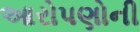
આરોપણોની